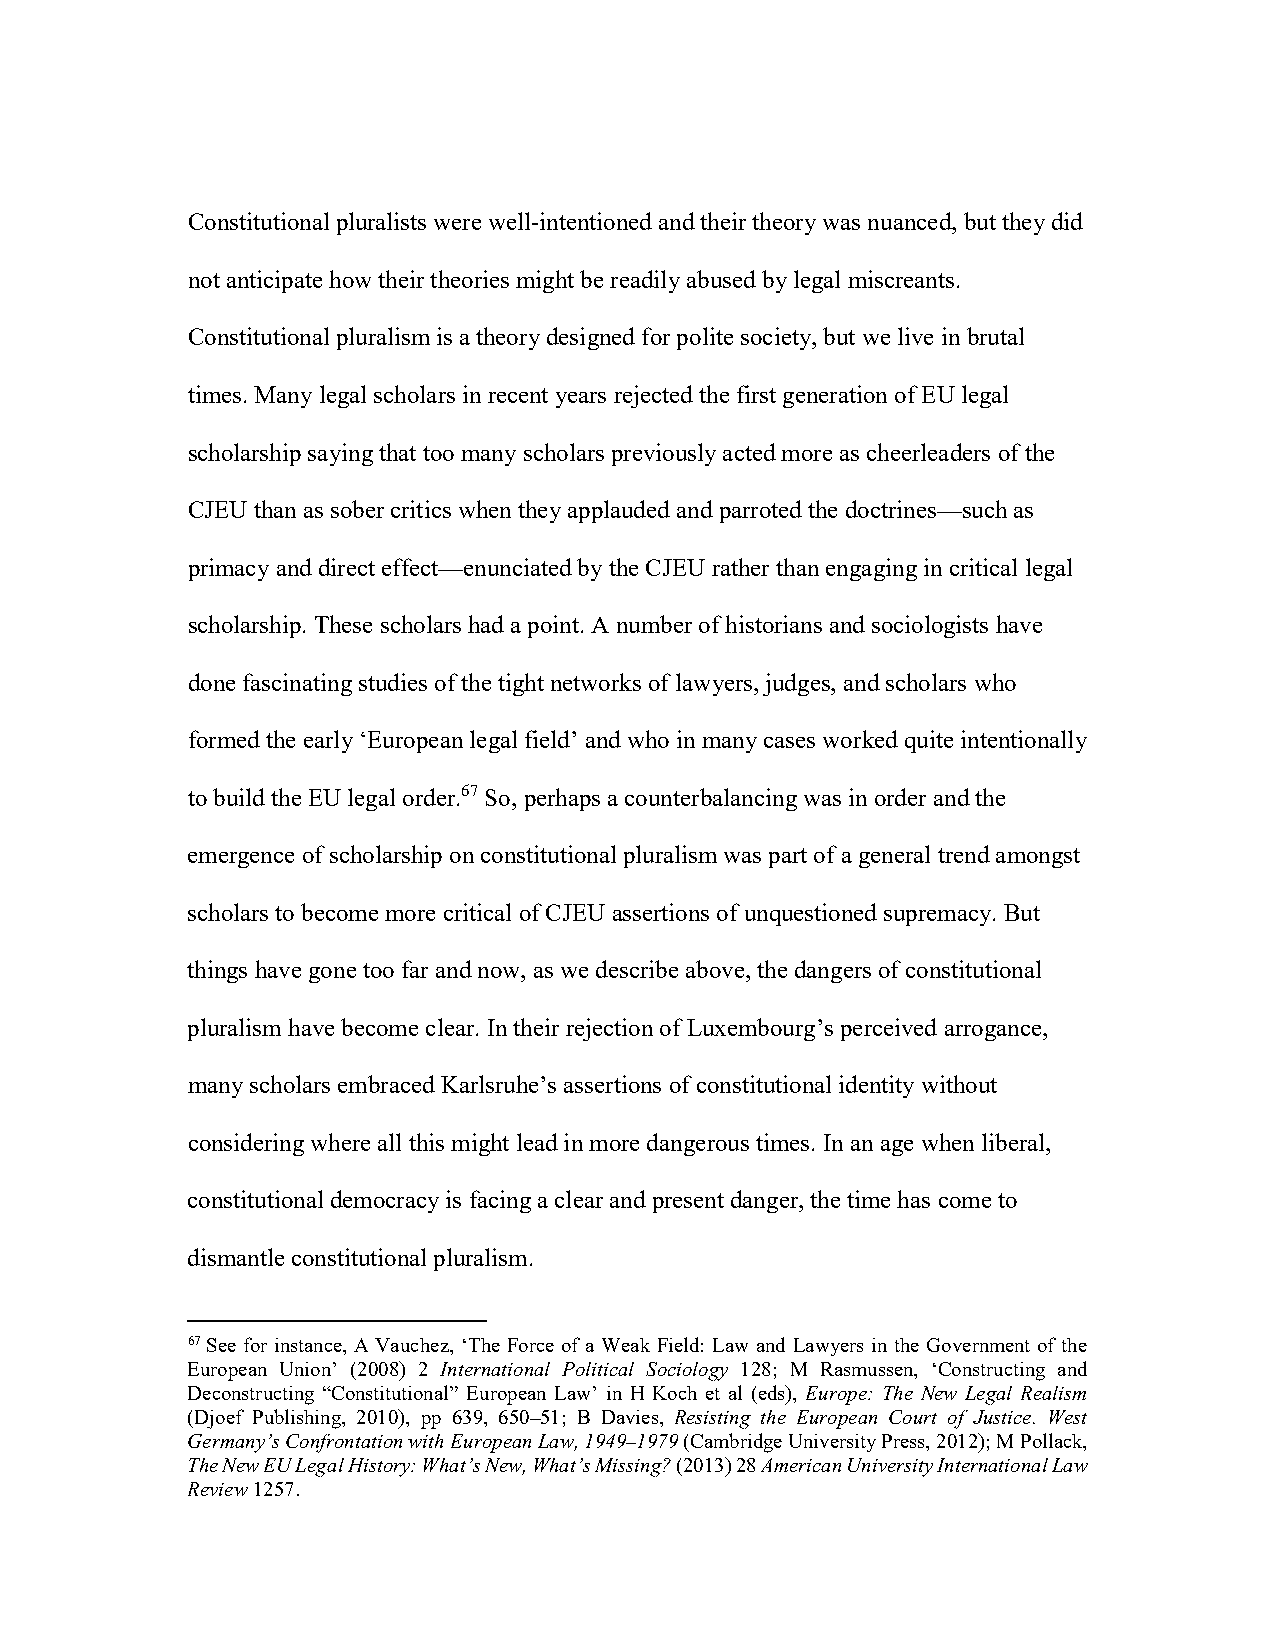
Constitutional pluralists were well-intentioned and their theory was nuanced, but they did
 not anticipate how their theories might be readily abused by legal miscreants.
 Constitutional pluralism is a theory designed for polite society, but we live in brutal
 times. Many legal scholars in recent years rejected the first generation of EU legal
 scholarship saying that too many scholars previously acted more as cheerleaders of the
 CJEU than as sober critics when they applauded and parroted the doctrines—such as
 primacy and direct effect—enunciated by the CJEU rather than engaging in critical legal
 scholarship. These scholars had a point. A number of historians and sociologists have
 done fascinating studies of the tight networks of lawyers, judges, and scholars who
 formed the early ‘European legal field’ and who in many cases worked quite intentionally
 to build the EU legal order.67 So, perhaps a counterbalancing was in order and the
 emergence of scholarship on constitutional pluralism was part of a general trend amongst
 scholars to become more critical of CJEU assertions of unquestioned supremacy. But
 things have gone too far and now, as we describe above, the dangers of constitutional
 pluralism have become clear. In their rejection of Luxembourg’s perceived arrogance,
 many scholars embraced Karlsruhe’s assertions of constitutional identity without
 considering where all this might lead in more dangerous times. In an age when liberal,
 constitutional democracy is facing a clear and present danger, the time has come to
 dismantle constitutional pluralism.
 67 See for instance, A Vauchez, ‘The Force of a Weak Field: Law and Lawyers in the Government of the
 European Union’ (2008) 2 International Political Sociology 128; M Rasmussen, ‘Constructing and
 Deconstructing “Constitutional” European Law’ in H Koch et al (eds), Europe: The New Legal Realism
 (Djoef Publishing, 2010), pp 639, 650–51; B Davies, Resisting the European Court of Justice. West
 Germany’s Confrontation with European Law, 1949–1979 (Cambridge University Press, 2012); M Pollack,
 The New EU Legal History: What’s New, What’s Missing? (2013) 28 American University International Law
 Review 1257.